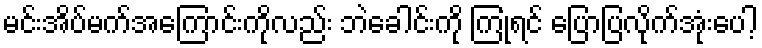
မင်းအိပ်မက်အကြောင်းကိုလည်း ဘဲခေါင်းကို ကြုံရင် ပြောပြလိုက်အုံးပေါ့